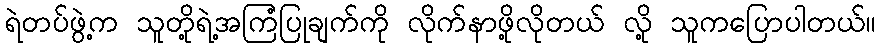
ရဲတပ်ဖွဲ့က သူတို့ရဲ့အကြံပြုချက်ကို လိုက်နာဖို့လိုတယ် လို့ သူကပြောပါတယ်။